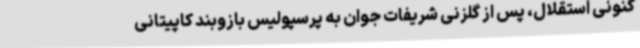
کنونی استقلال، پس از گلزنی شریفات جوان به پرسپولیس بازوبند کاپیتانی